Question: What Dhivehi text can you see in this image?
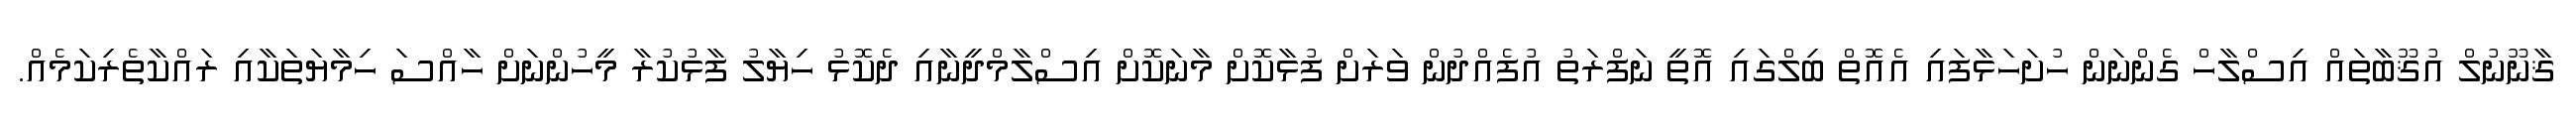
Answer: ޤާނޫނުލް އުޤޫބާތައް އިސްލާހް ގެންނަން ހުށަހަޅާފައި އެއޮތް ބިލްގައި އޮތީ ނަފްރަތު އުފެއްދުން ވަރަށް ފުޅާކޮށް މާނަކޮށް އިސްލާމްދީނާއި ދެކޮޅު ހިޔާލު ފާޅުކުރާ މީހުންނަށް ހާއްސަ ހިމާޔަތަކާއި ރައްކާތެރިކަމެއް.